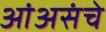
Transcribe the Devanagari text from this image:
आंअसंचे